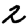
Digit: 2